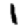
Digit: 1